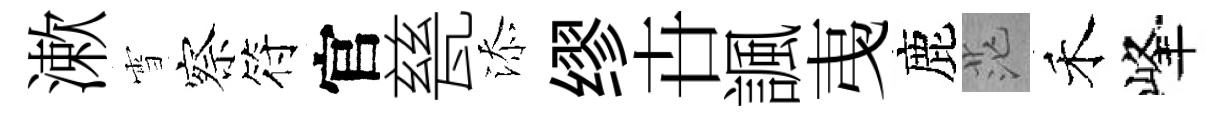
漱雪察符官甆添缪卋諷𢎯鹿茫禾峰